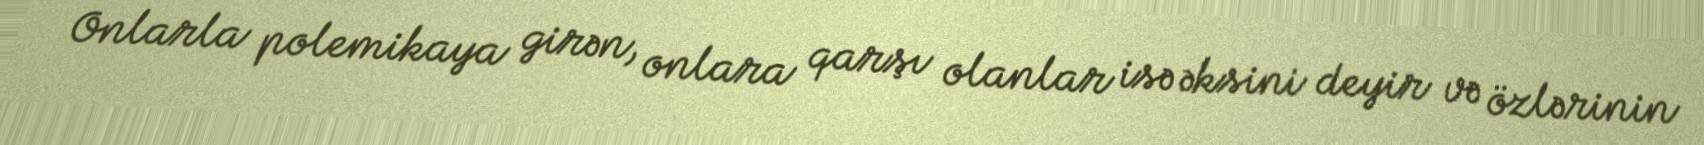
Onlarla polemikaya girən, onlara qarşı olanlar isə əksini deyir və özlərinin